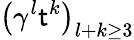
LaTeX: \left(\gamma^{l}\mathsf{t}^{k}\right)_{l+k\geq3}